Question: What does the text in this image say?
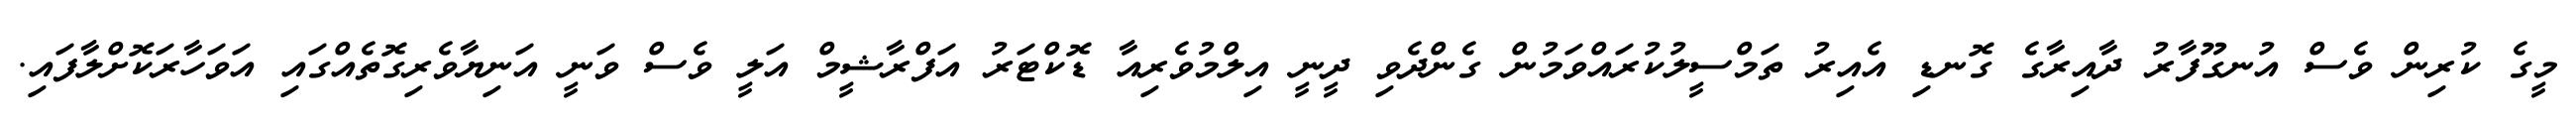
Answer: މީގެ ކުރިން ވެސް އުނގޫފާރު ދާއިރާގެ ގޮނޑި އެއިރު ތަމްސީލުކުރައްވަމުން ގެންދެވި ދީނީ އިލްމުވެރިއާ ޑޮކްޓަރު އަފްރާޝީމް އަލީ ވެސް ވަނީ އަނިޔާވެރިގޮތެއްގައި އަވަހާރަކޮށްލާފައި.